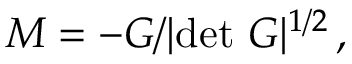
{ \cal M } = - G / | \mathrm { d e t } \ G | ^ { 1 / 2 } \, ,